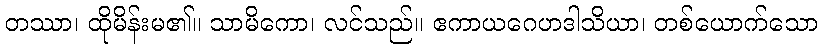
တဿာ၊ ထိုမိန်းမ၏။ သာမိကော၊ လင်သည်။ ဧကာယဂေဟဒါသိယာ၊ တစ်ယောက်သော